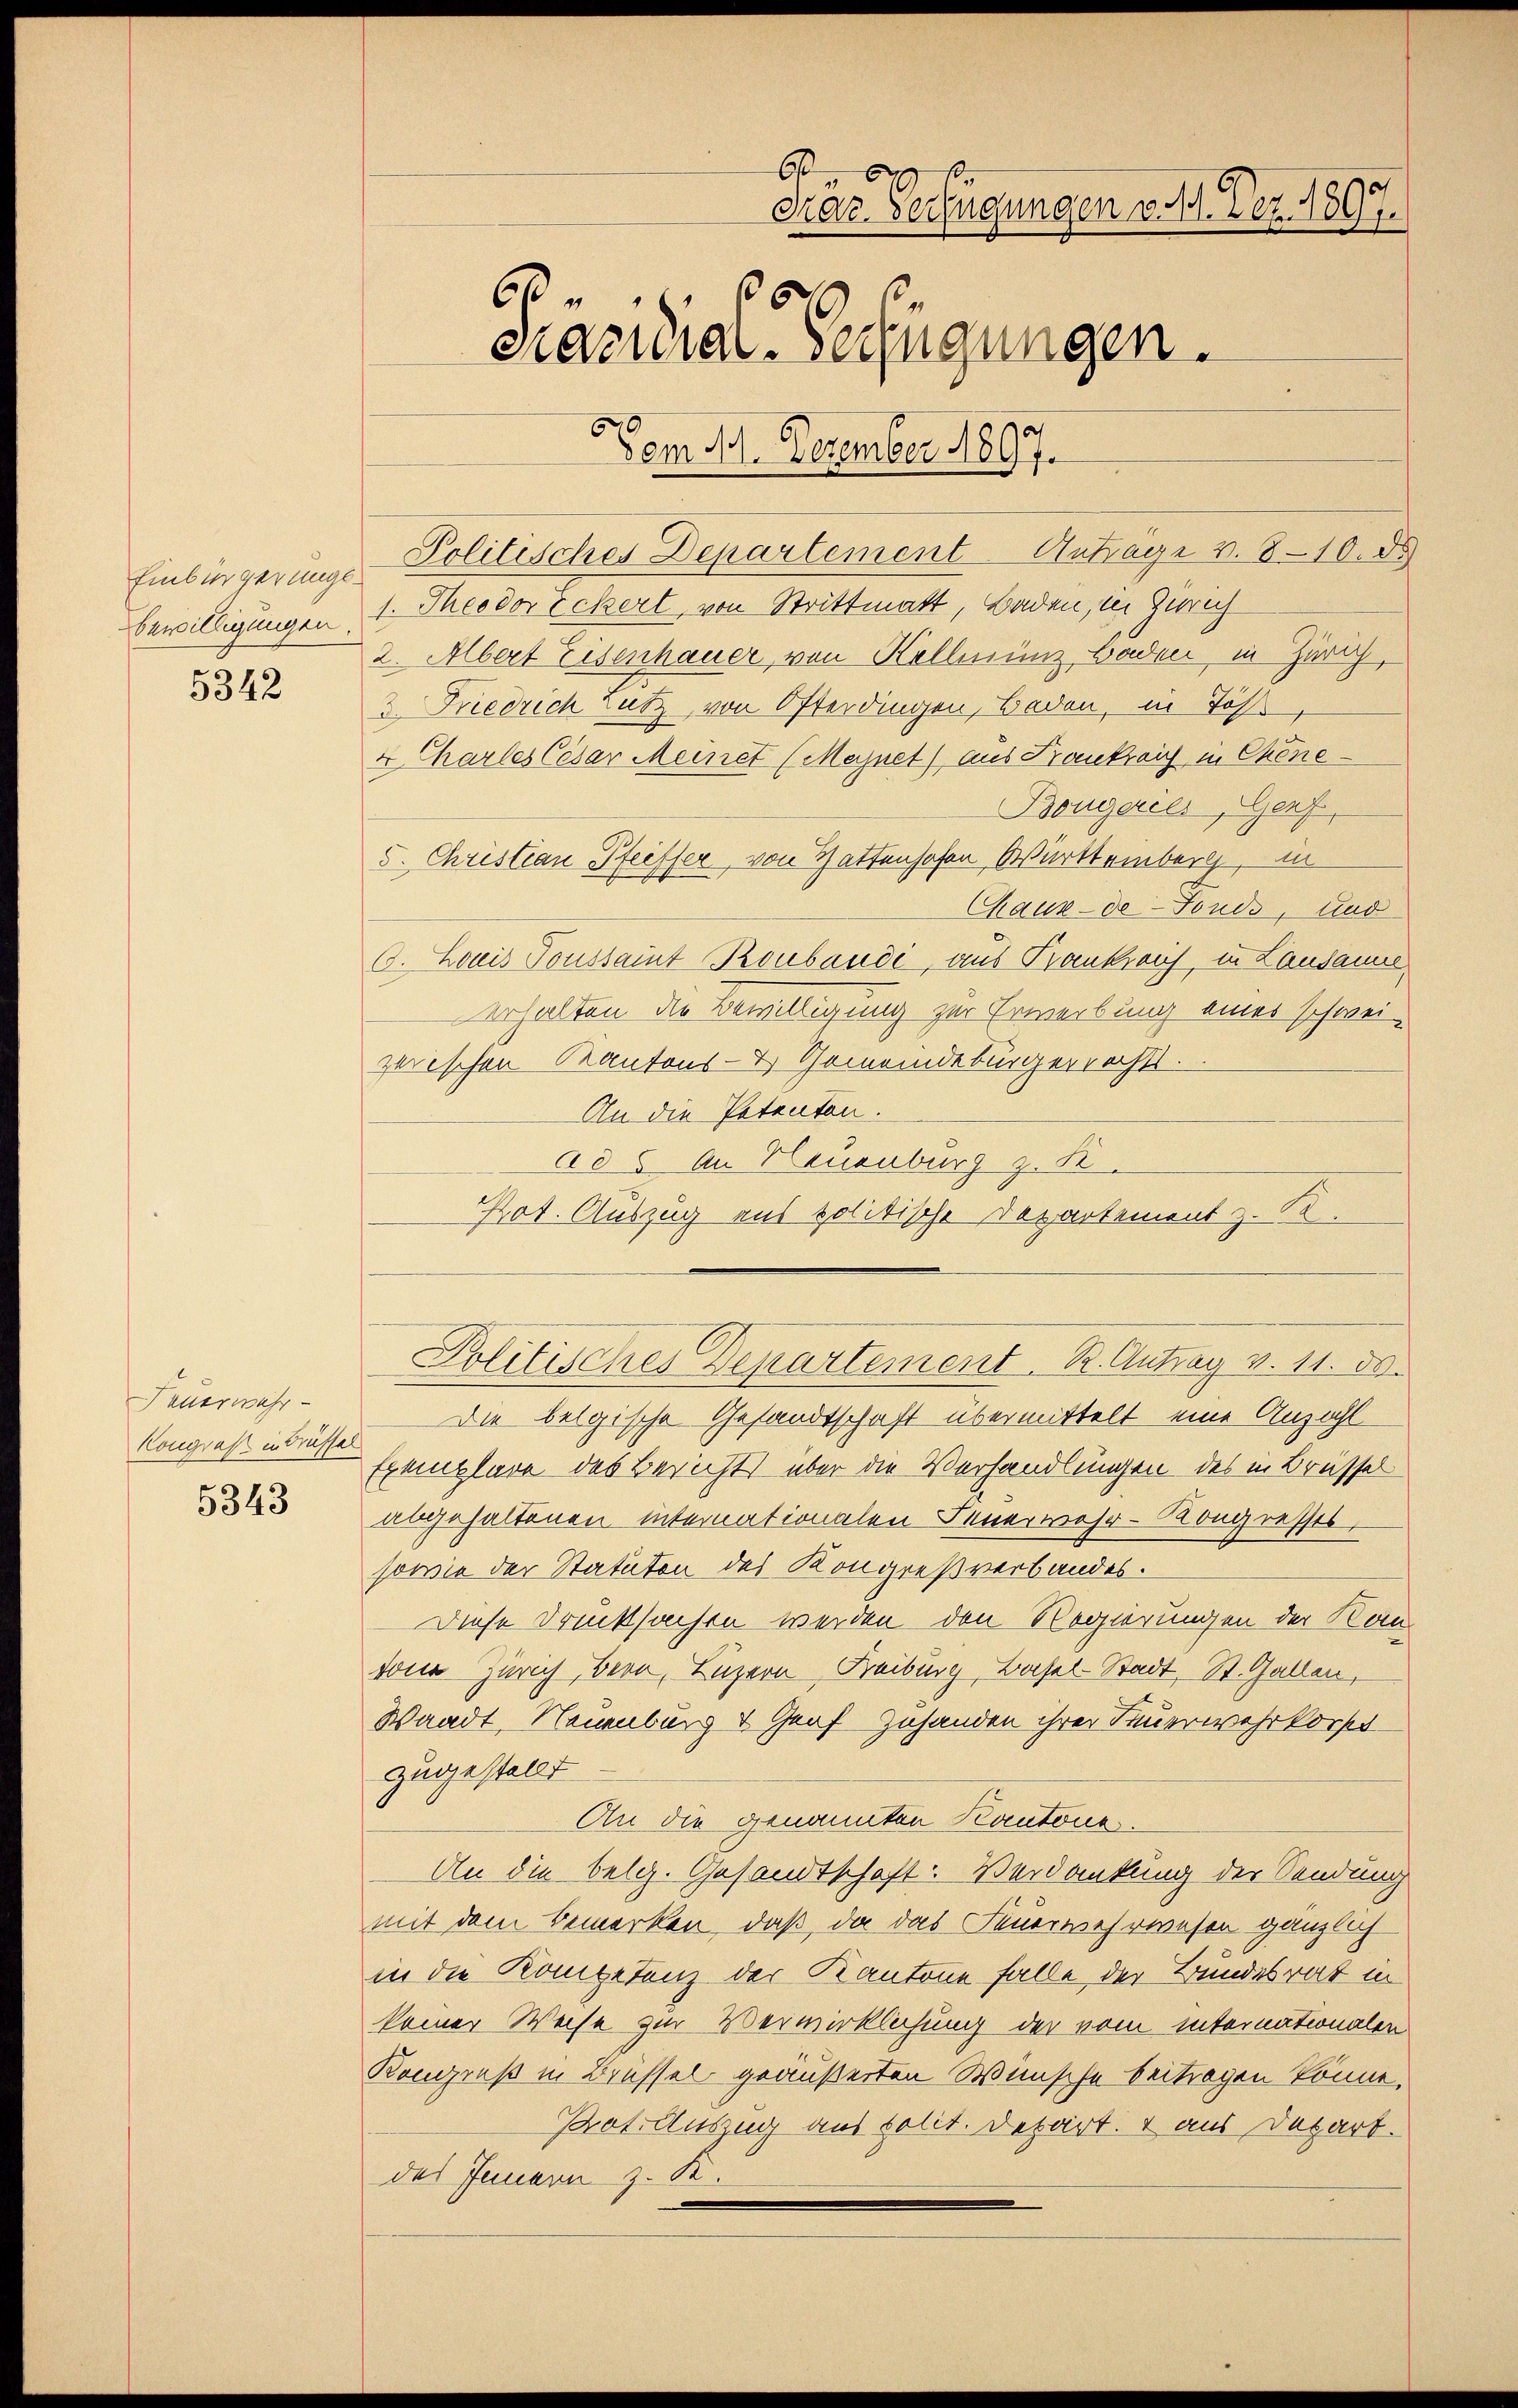
Einbürgerungsbewilligungen.

5342

Feuerwehr-
Kongreß in drüssel
5343

60.
drar Verfügungen an. Dez. 1897.
60 f 6 x
prauner-Verfügungen.
Vom 4. Dezember 1897.

Politisches Departement Antrage v. 810. ds
1. Theodor Eckert, von Strittmatt, Baden, in Zürich
2. Abert Eisenhauer von Kellmünz Baden, in Zürich,
3. Friedrich rutz von Osterdingen, Baden, in Töß
4 Charles Cesar Meinet (Mejnet) aus Frankreich in Chene
Bougeries, Genf,
5. Christian Pfeiffer, von Gattenhofen Württeinberg, in
Chaux-de-Fonds, und
O. Louis Tonstamt Ronbande, aus Trankrauf, in Landamne
erhalten die Bewilligung zur Erwerbung eines schwei-
zerischen Kantons- & Gemeindebürgerrechts.
An die Petenten.
ad 5. An Neuenburg z. K.
Kot. Auszug aus politische Departement z. B.

Politisches Departement. R. Antrag v. 11. 80.

Die belgische Gesandtschaft übermittelt eine Anzahl
Exemplare des Bericht über die Verhandlungen des in Brüssel
abgehaltenen internationalen Feuerwehr-Kongresses,
sowie der Statuten des Kongreßverbandes.
Diese Drucksachen werden den Regierungen der Kan
von Zürich, Bern, Luzern, Freiburg, Basel-Stadt, St. Gallen,
Waadt, Neuenburg & Graf Zuhanden ihrer Feuerwehrkorpt
zugestellt
An die genannten Kantone.
An die belg. Gesandtschaft: Verdankung der Sendung
mit dem Bemerken, daß da das Feuerwehrwesen gänzlich
in die Kompetenz der Kantone falle der Bundesrat in
keiner Weise zur Verwirklichung der vom internationalen
Kongruß in Brüssel geäußerten Wünsche beitragen könne,
Pot. Auszug aus polit. Depart. 1 aus Depart.
des Innern z. K.